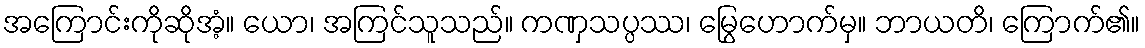
အကြောင်းကိုဆိုအံ့။ ယော၊ အကြင်သူသည်။ ကဏှသပ္ပဿ၊ မြွေဟောက်မှ။ ဘာယတိ၊ ကြောက်၏။